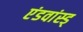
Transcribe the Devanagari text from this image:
एंडवांस्ड्